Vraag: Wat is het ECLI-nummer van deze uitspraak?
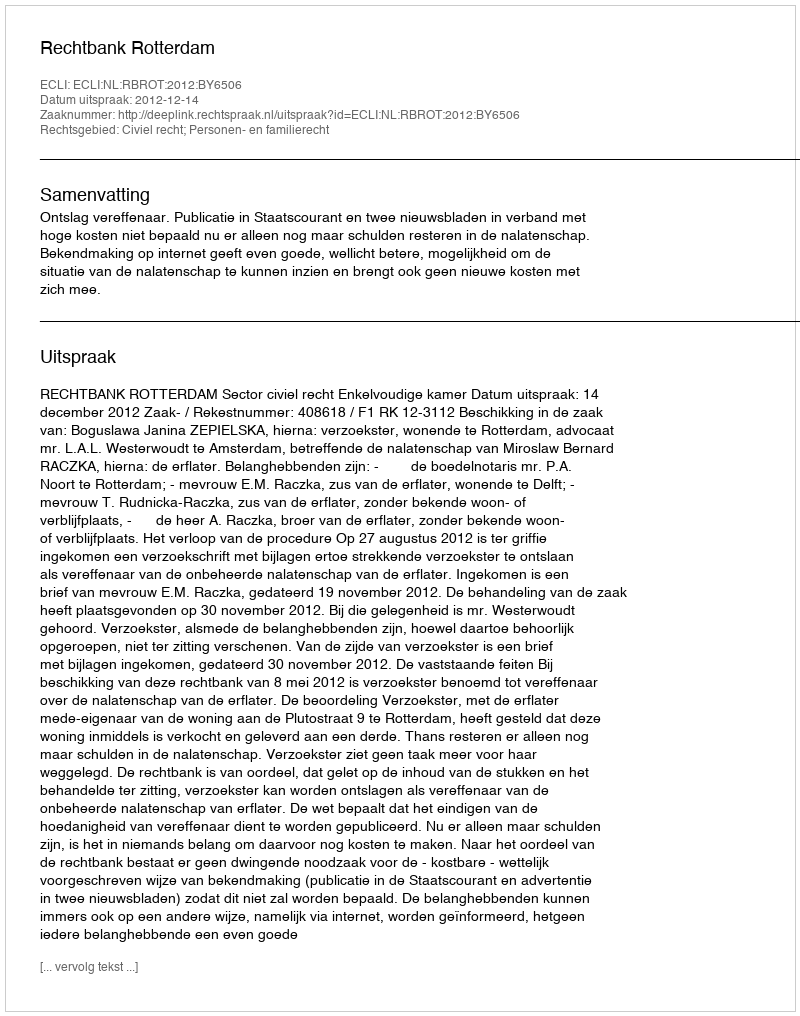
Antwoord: ECLI:NL:RBROT:2012:BY6506